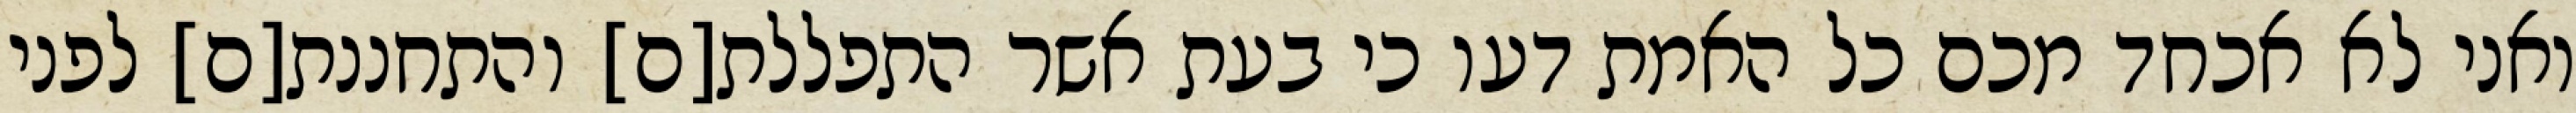
ואני לא אכחד מכם כל האמת דעו כי בעת אשר התפללת[ם] והתחננת[ם] לפני